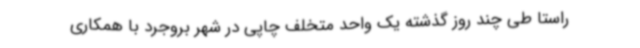
راستا طی چند روز گذشته یک واحد متخلف چاپی در شهر بروجرد با همکاری